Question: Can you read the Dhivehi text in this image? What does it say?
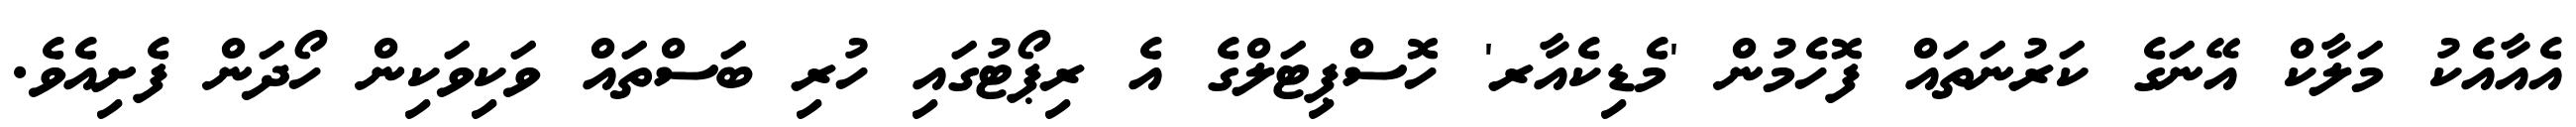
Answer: އެއާއެކު މަލާކް އޭނަގެ ކަރުނަތައް ފޮހެމުން 'މެޑިކެއާރ' ހޮސްޕިޓަލްގެ އެ ރިޕޯޓުގައި ހުރި ބަސްތައް ވަކިވަކިން ހޯދަން ފެށިއެވެ.